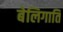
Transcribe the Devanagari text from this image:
बेलिगाति